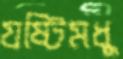
যষ্টিমধু